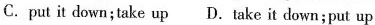
C.put it down;take up D.Take it down;put up